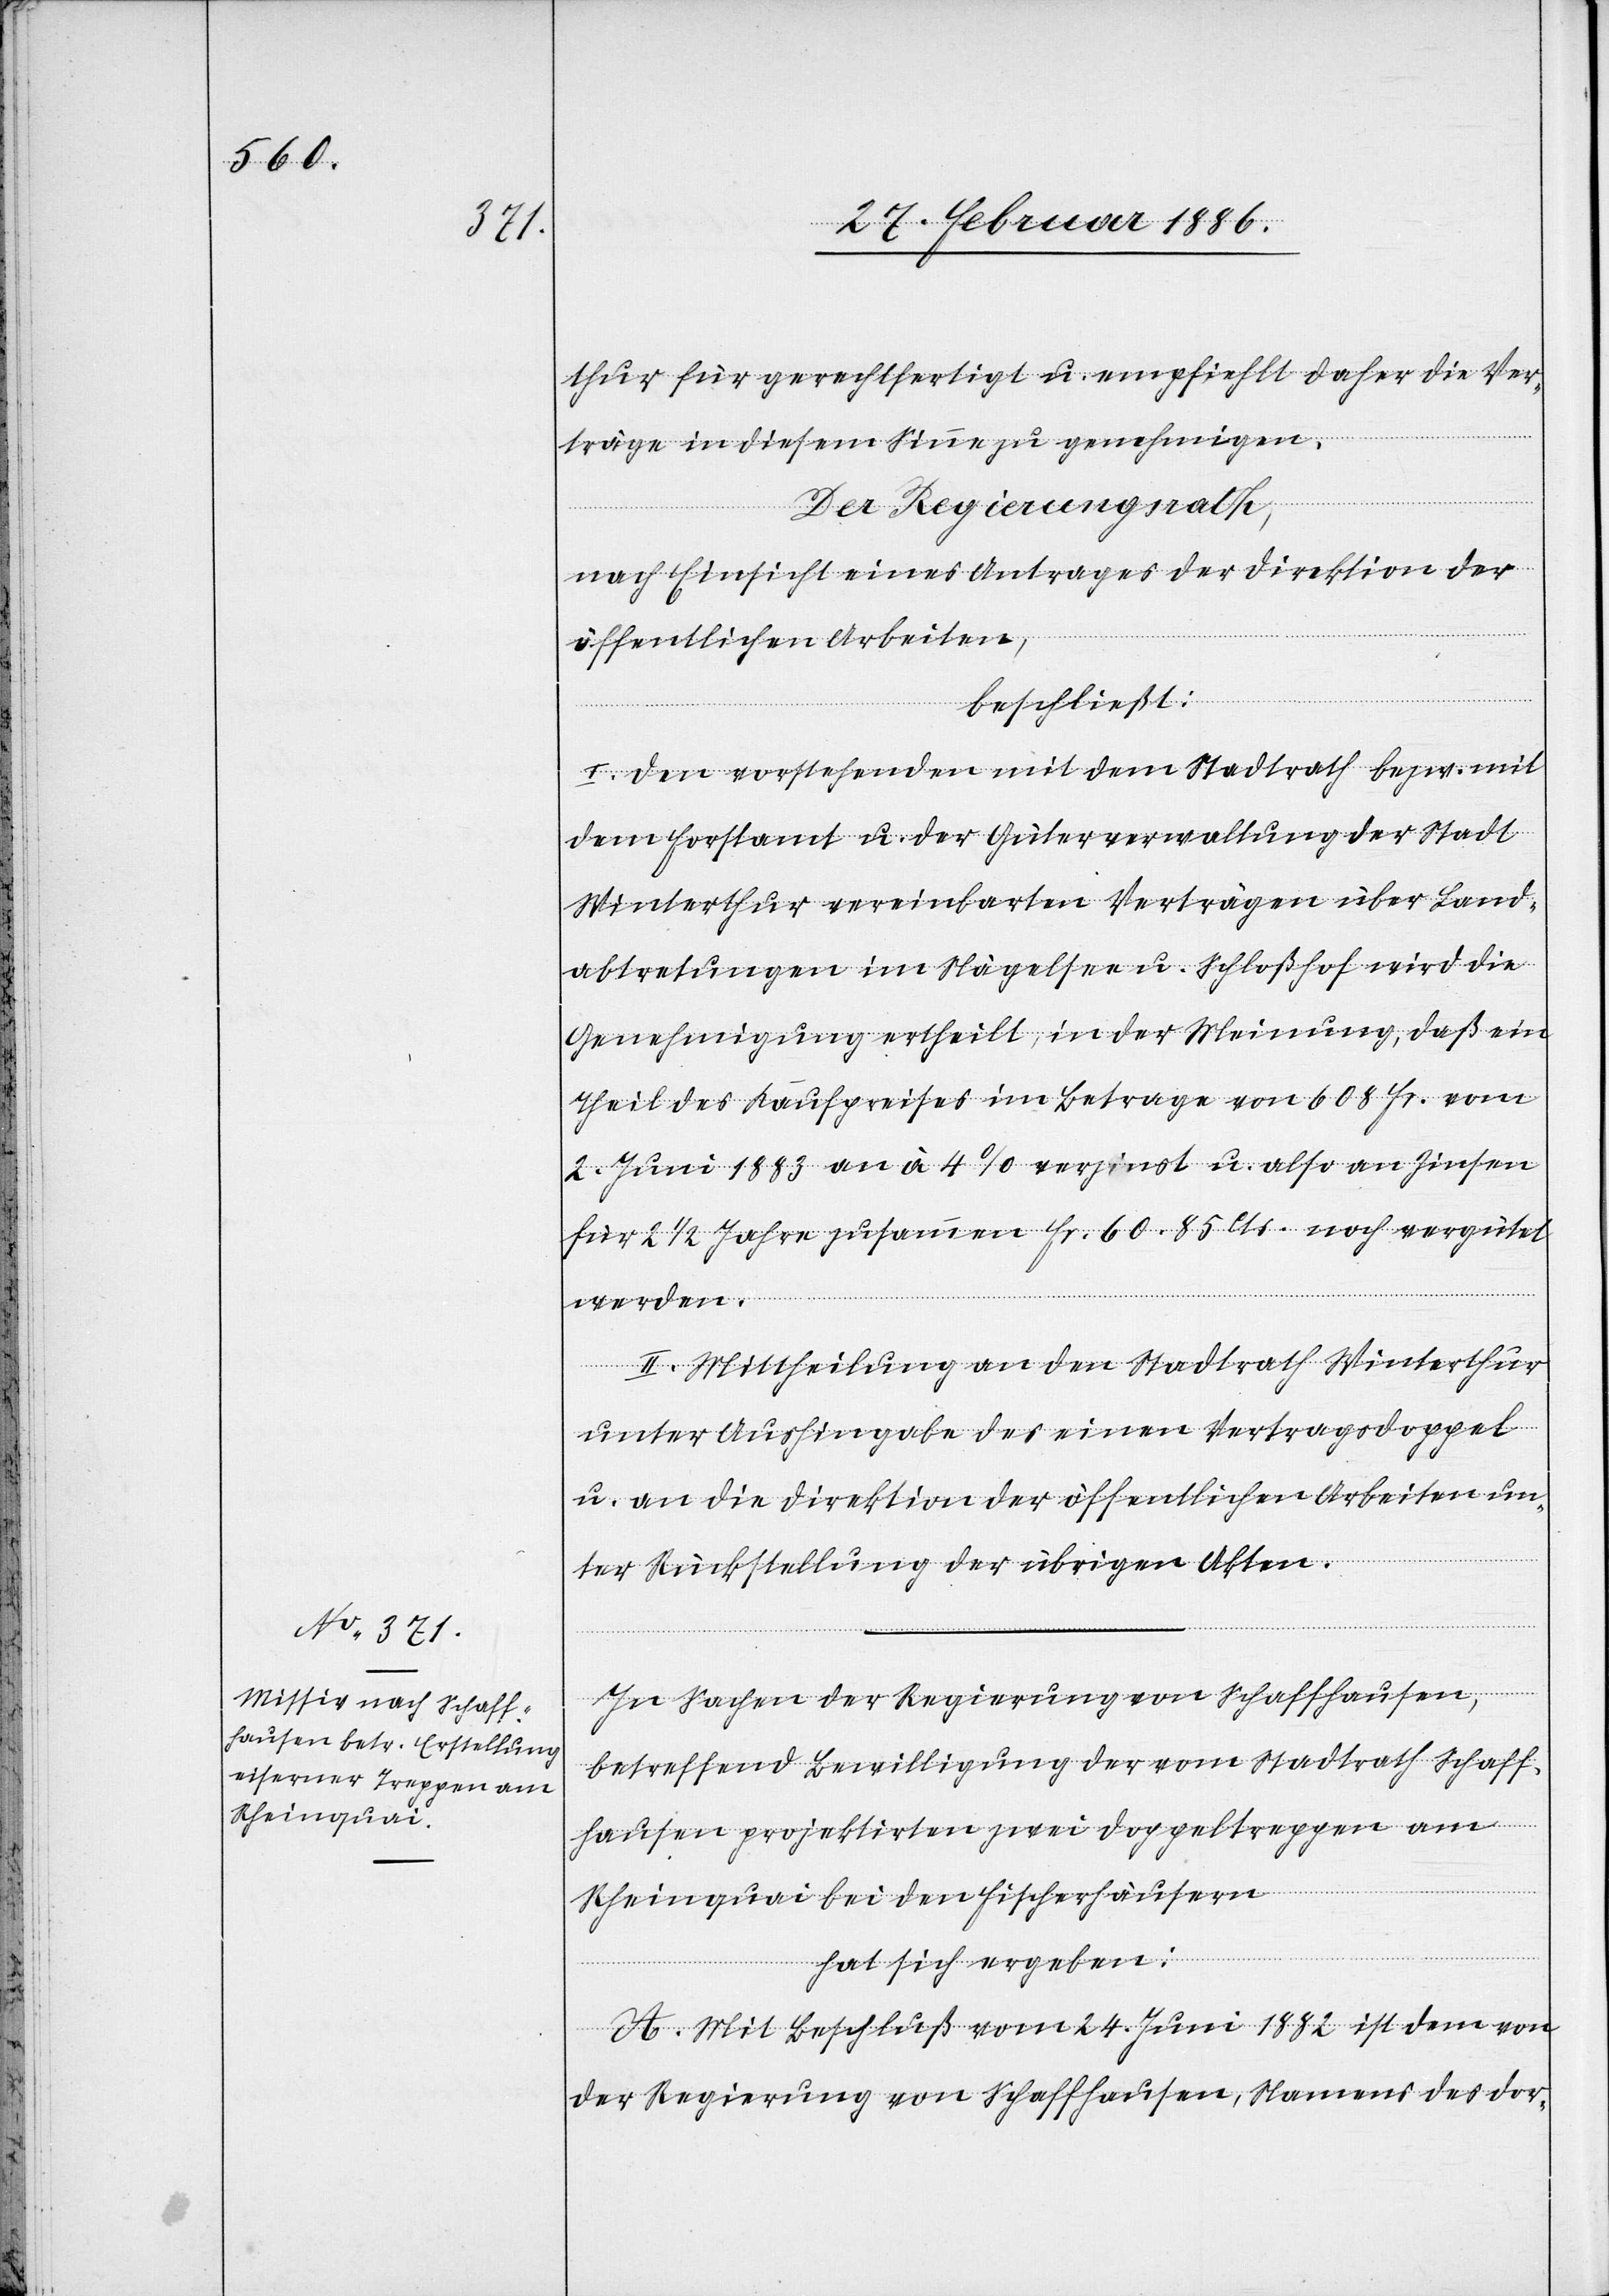
In Sachen der Regierung von Schaffhausen,
betreffend Bewilligung der vom Stadtrath Schaff¬
hausen projektirten zwei Doppeltreppen am
Rheinquai bei den Fischerhäusern
hat sich ergeben:
A. Mit Beschluß vom 24. Juni 1882 ist dem von
der Regierung von Schaffhausen, Namens der dor-